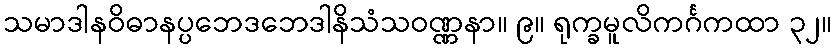
သမာဒါနဝိဓာနပ္ပဘေဒဘေဒါနိသံသဝဏ္ဏနာ။ ၉။ ရုက္ခမူလိကင်္ဂကထာ ၃၂။